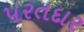
પરતદાર